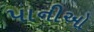
પાનીઓ